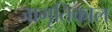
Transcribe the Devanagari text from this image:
जागृतिकाल